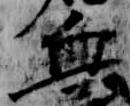
血